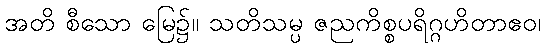
အတိ စီသော မြေ၌။ သတိသမ္ပ ဇညကိစ္စပရိဂ္ဂဟိတာဧဝ၊